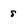
Character: 8